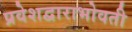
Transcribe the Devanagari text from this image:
प्रवेशद्वाराभोवती